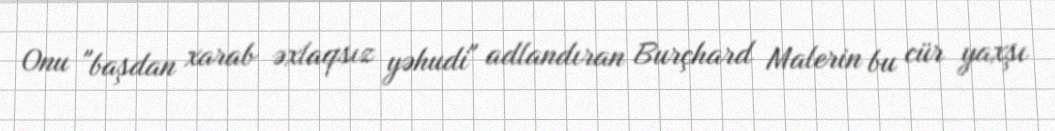
Onu "başdan xarab əxlaqsız yəhudi" adlandıran Burçhard Malerin bu cür yaxşı